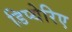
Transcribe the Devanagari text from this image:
डिप्थेरिए